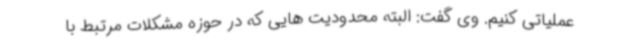
عملیاتی کنیم. وی گفت: البته محدودیت هایی که در حوزه مشکلات مرتبط با